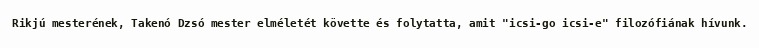
Rikjú mesterének, Takenó Dzsó mester elméletét követte és folytatta, amit "icsi-go icsi-e" filozófiának hívunk.